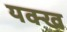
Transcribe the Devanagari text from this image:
यक्ख